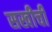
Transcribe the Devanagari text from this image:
सखीची